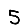
Digit: 5